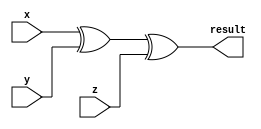
`timescale 1ns / 1ps
//////////////////////////////////////////////////////////////////////////////////
// Company: 
// Engineer: 
// 
// Design Name: 
// Module Name: parity
// Project Name: 
// Target Devices: 
// Tool Versions: 
// Description: 
// 
// Dependencies: 
// 
// Revision:
// Revision 0.01 - File Created
// Additional Comments:
// 
//////////////////////////////////////////////////////////////////////////////////


module parity(
    input x,
    input y,
    input z,
    output result
    );
xor (result,x,y,z);

endmodule